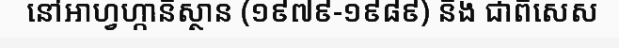
នៅអាហ្វហ្កានីស្ថាន (១៩៧៩-១៩៨៩) និង ជាពិសេស